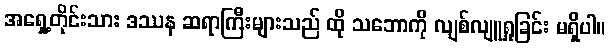
အရှေ့တိုင်းသား ဒဿန ဆရာကြီးများသည် ထို သဘောကို လျစ်လျူရှုခြင်း မရှိပါ။